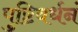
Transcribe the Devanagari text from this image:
पुष्टिवर्धनं